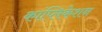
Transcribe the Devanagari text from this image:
कांप्लिकेशन